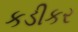
કડીકર